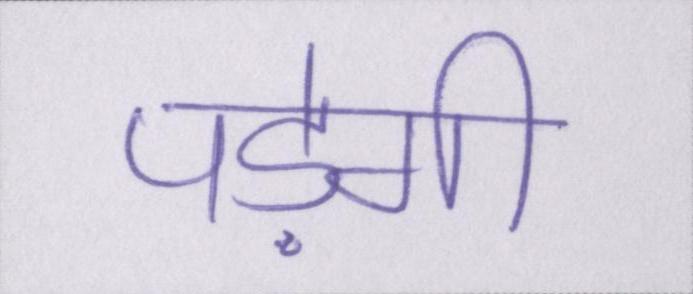
पड़ेगी